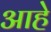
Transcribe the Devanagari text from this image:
आहेे